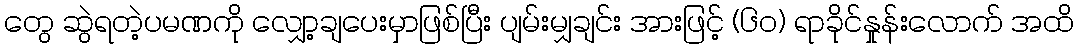
တွေ ဆွဲရတဲ့ပမဏကို လျှော့ချပေးမှာဖြစ်ပြီး ပျမ်းမျှချင်း အားဖြင့် (၆၀) ရာခိုင်နှုန်းလောက် အထိ